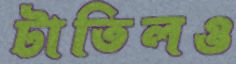
টাতিলও